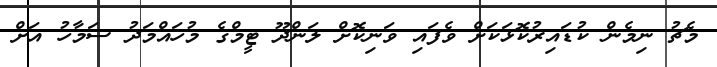
މެޗު ނިމެން ކުޑައިރުކޮޅަކަށް ވެފައި ވަނިކޮށް ލަންދޫ ޓީމްގެ މުހައްމަދު ސަމާހު އަށް